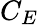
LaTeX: C_{E}